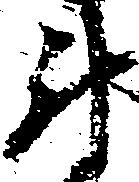
尉